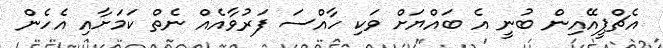
އެޗްޕީއޭއިން ބުނީ އެ ބައްޔަށް ވަކި ހާއްސަ ފަރުވާއެއް ނެތް ކަމަށާއި އެހެން